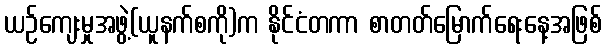
ယဉ်ကျေးမှုအဖွဲ့(ယူနက်စကို)က နိုင်ငံတကာ စာတတ်မြောက်ရေးနေ့အဖြစ်